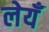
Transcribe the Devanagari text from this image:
लेयँ